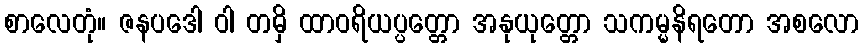
စာလေတုံ။ ဇနပဒေါ ဝါ တမှိ ထာဝရိယပ္ပတ္တော အနုယုတ္တော သကမ္မနိရတော အစလော